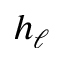
h _ { \ell }